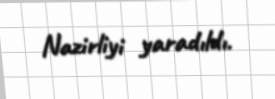
Nazirliyi yaradıldı.